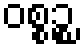
ဝစ္စဉ္စ